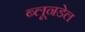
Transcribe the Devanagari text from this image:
ब्लूनडेल